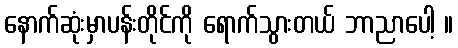
နောက်ဆုံးမှာပန်းတိုင်ကို ရောက်သွားတယ် ဘာညာပေါ့ ။